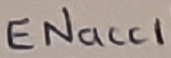
Text: ENacci